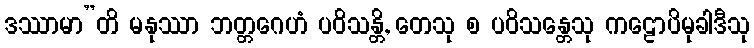
ဒဿာမာ”တိ မနုဿာ ဘတ္တဂေဟံ ပဝိသန္တိ, တေသု စ ပဝိသန္တေသု ကဠောပိမုခါဒီသု